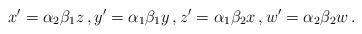
LaTeX: \begin{align*}x^\prime = \alpha_2 \beta_1 z \, , y^\prime = \alpha_1 \beta_1 y \, , z^\prime = \alpha_1 \beta_2 x \, , w^\prime = \alpha_2 \beta_2 w \, . \end{align*}